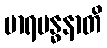
မာရဗန္ဓနာတိ